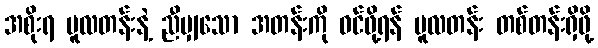
အစိုးရ မူလတန်းနဲ့ ညီမျှသော အတန်းကို ဝင်ဖို့ရန် မူလတန်း တစ်တန်းရှိဖို့